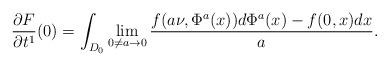
LaTeX: \begin{align*} \frac{\partial F}{\partial t^1}(0)=\int_{D_0}\lim_{0\neq a\to 0}\frac{f(a\nu,\Phi^a(x))d\Phi^a(x)-f(0,x)dx}{a}.\end{align*}